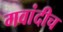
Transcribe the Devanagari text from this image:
गवांदीच